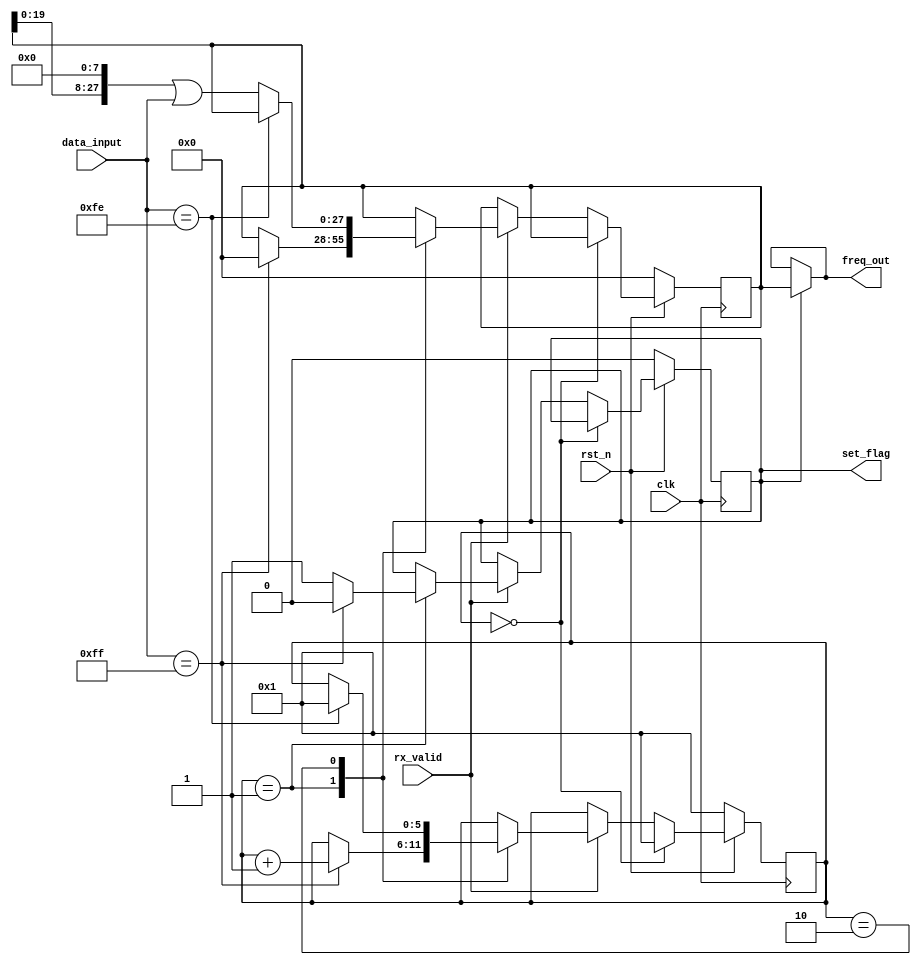
module ram_control
(
	input clk,
	input rst_n,
	input [7:0] data_input,
	input rx_valid,
	output  [27:0]freq_out,
	output reg set_flag
);

reg [27:0] freq_reg;
reg [5:0] state;
assign freq_out=(set_flag)?freq_reg:freq_out;

always@(posedge clk)
begin
	if(!rst_n)
	begin
		freq_reg<=28'd0;
		state<=6'd1;
		set_flag<=1'd0;
	end
	else if(!state)
		state<=6'd1;
	else if(rx_valid)
		case(state)
		1:
		begin
			if(data_input==8'hff)
			begin
				set_flag=1'b0;
				state<=state+1'b1;
				freq_reg<=28'd0;
				
			end
			else
			begin
				
				set_flag<=1'b1;
			end
		end
		2:
		begin
			if(data_input==8'hfe)
				state<=6'd1;
			else
				freq_reg<=(freq_reg<<8)|data_input;
		end
		endcase
end



endmodule